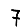
Digit: 7